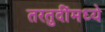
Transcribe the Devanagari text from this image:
तरतुदींमध्ये